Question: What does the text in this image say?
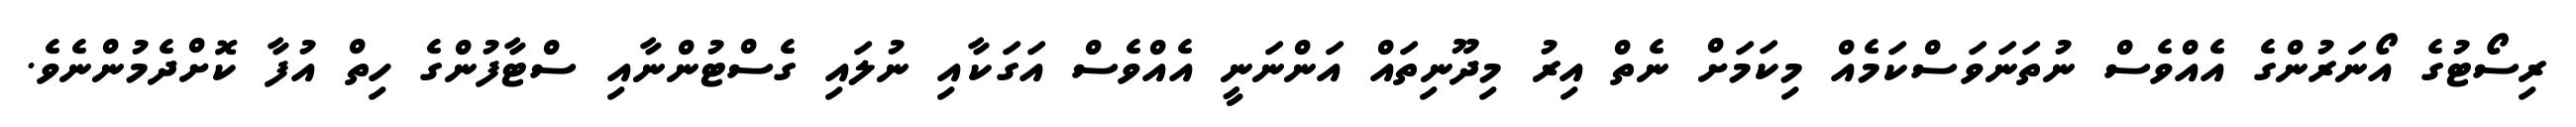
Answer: ރިސޯޓުގެ އޯނަރުންގެ އެއްވެސް ނުތަނަވަސްކަމެއް މިކަމަށް ނެތް އިރު މިދޫނިތައް އަންނަނީ އެއްވެސް އަގަކާއި ނުލައި ގެސްޓުންނާއި ސްޓާފުންގެ ހިތް އުފާ ކޮށްދެމުންނެވެ.